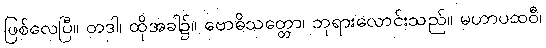
ဖြစ်လေပြီ။ တဒါ၊ ထိုအခါ၌။ ဗောဓိသတ္တော၊ ဘုရားလောင်းသည်။ မဟာပထဝီ၊